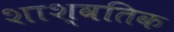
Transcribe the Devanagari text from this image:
शाश्वतिक